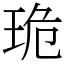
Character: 𤥕